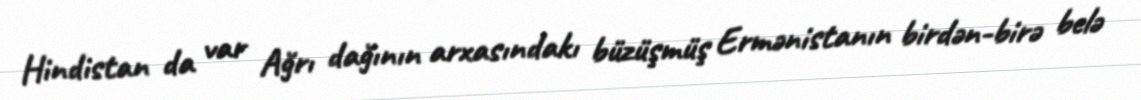
Hindistan da var Ağrı dağının arxasındakı büzüşmüş Ermənistanın birdən-birə belə